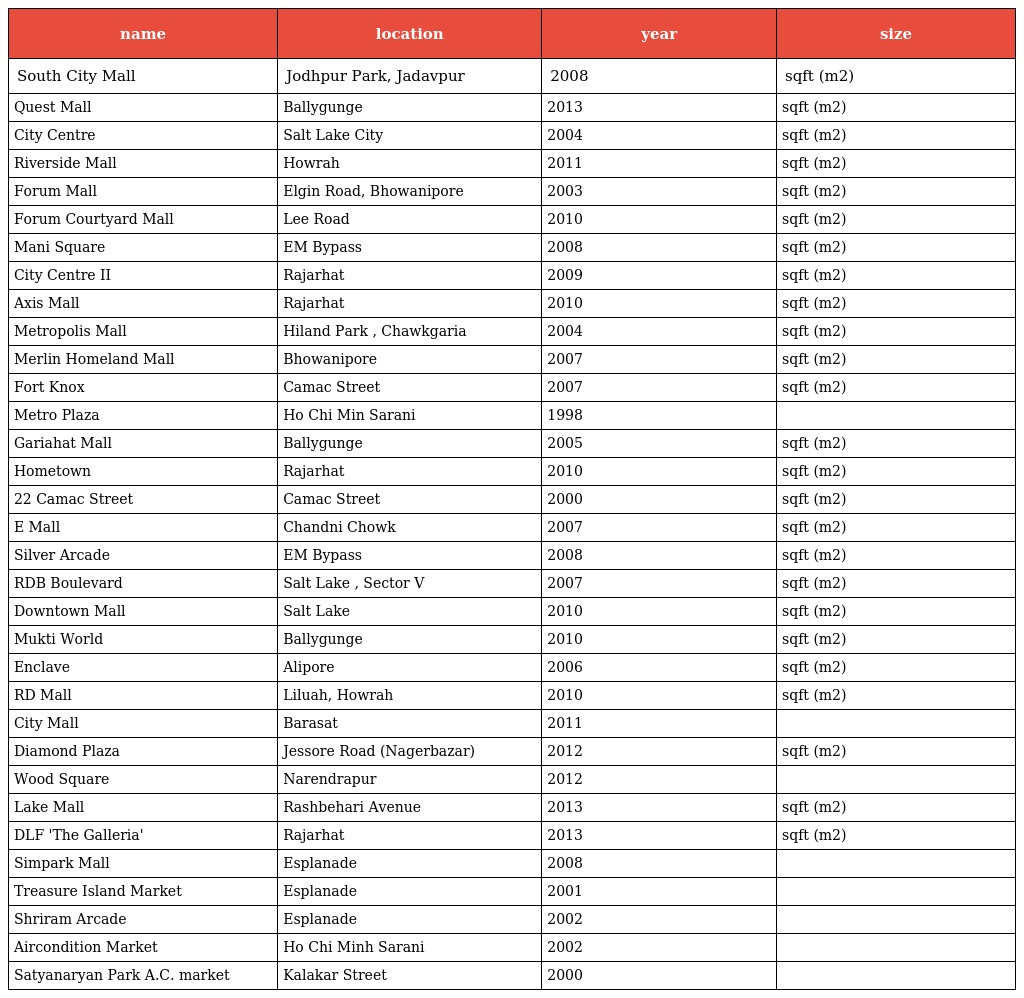
| name | location | year | size |
 | --- | --- | --- | --- |
 | South City Mall | Jodhpur Park, Jadavpur | 2008 | sqft (m2) |
 | Quest Mall | Ballygunge | 2013 | sqft (m2) |
 | City Centre | Salt Lake City | 2004 | sqft (m2) |
 | Riverside Mall | Howrah | 2011 | sqft (m2) |
 | Forum Mall | Elgin Road, Bhowanipore | 2003 | sqft (m2) |
 | Forum Courtyard Mall | Lee Road | 2010 | sqft (m2) |
 | Mani Square | EM Bypass | 2008 | sqft (m2) |
 | City Centre II | Rajarhat | 2009 | sqft (m2) |
 | Axis Mall | Rajarhat | 2010 | sqft (m2) |
 | Metropolis Mall | Hiland Park , Chawkgaria | 2004 | sqft (m2) |
 | Merlin Homeland Mall | Bhowanipore | 2007 | sqft (m2) |
 | Fort Knox | Camac Street | 2007 | sqft (m2) |
 | Metro Plaza | Ho Chi Min Sarani | 1998 |  |
 | Gariahat Mall | Ballygunge | 2005 | sqft (m2) |
 | Hometown | Rajarhat | 2010 | sqft (m2) |
 | 22 Camac Street | Camac Street | 2000 | sqft (m2) |
 | E Mall | Chandni Chowk | 2007 | sqft (m2) |
 | Silver Arcade | EM Bypass | 2008 | sqft (m2) |
 | RDB Boulevard | Salt Lake , Sector V | 2007 | sqft (m2) |
 | Downtown Mall | Salt Lake | 2010 | sqft (m2) |
 | Mukti World | Ballygunge | 2010 | sqft (m2) |
 | Enclave | Alipore | 2006 | sqft (m2) |
 | RD Mall | Liluah, Howrah | 2010 | sqft (m2) |
 | City Mall | Barasat | 2011 |  |
 | Diamond Plaza | Jessore Road (Nagerbazar) | 2012 | sqft (m2) |
 | Wood Square | Narendrapur | 2012 |  |
 | Lake Mall | Rashbehari Avenue | 2013 | sqft (m2) |
 | DLF 'The Galleria' | Rajarhat | 2013 | sqft (m2) |
 | Simpark Mall | Esplanade | 2008 |  |
 | Treasure Island Market | Esplanade | 2001 |  |
 | Shriram Arcade | Esplanade | 2002 |  |
 | Aircondition Market | Ho Chi Minh Sarani | 2002 |  |
 | Satyanaryan Park A.C. market | Kalakar Street | 2000 |  |